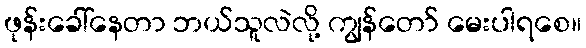
ဖုန်းခေါ်နေတာ ဘယ်သူလဲလို့ ကျွန်တော် မေးပါရစေ။